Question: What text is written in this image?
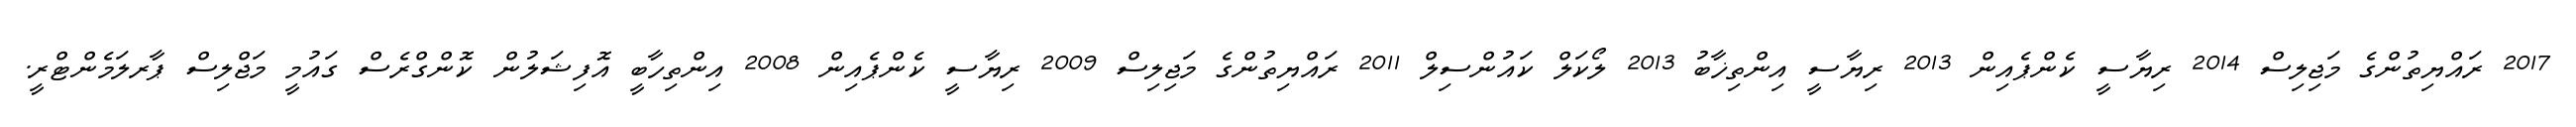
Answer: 2017 ރައްޔިތުންގެ މަޖިލިސް 2014 ރިޔާސީ ކެންޕެއިން 2013 ރިޔާސީ އިންތިޚާބު 2013 ލޯކަލް ކައުންސިލް 2011 ރައްޔިތުންގެ މަޖިލިސް 2009 ރިޔާސީ ކެންޕެއިން 2008 އިންތިހާބީ އޮފިޝަލުން ކޮންގްރެސް ގައުމީ މަޖްލިސް ޕާރލަމެންޓްރީ.